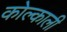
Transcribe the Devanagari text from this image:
कोल्काली